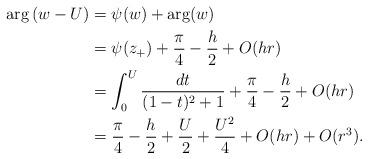
LaTeX: \begin{align*} \arg \left(w-U \right) & = \psi(w) + \arg(w) \\ & = \psi(z_+) + \frac{\pi}{4}-\frac h2 + O(hr) \\ & = \int_0^U \frac{dt}{(1-t)^2+1}+ \frac{\pi}{4}-\frac h2 + O(hr)\\ & = \frac{\pi}{4}-\frac h2+ \frac{U}{2} + \frac{U^2}{4} +O(hr) + O(r^3). \end{align*}